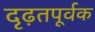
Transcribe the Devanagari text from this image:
दृढ़तपूर्वक